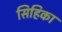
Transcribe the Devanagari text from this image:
सिहिका